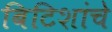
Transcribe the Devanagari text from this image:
बिटिशांचे